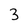
Character: 3